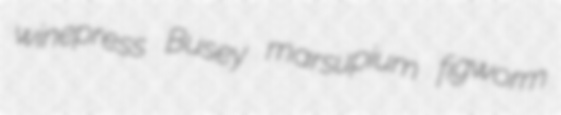
winepress Busey marsupium figworm